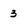
Character: 3